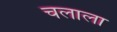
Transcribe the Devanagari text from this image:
चलाला